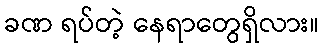
ခဏ ရပ်တဲ့ နေရာတွေရှိလား။